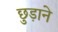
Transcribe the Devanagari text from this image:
छु़ड़ाने